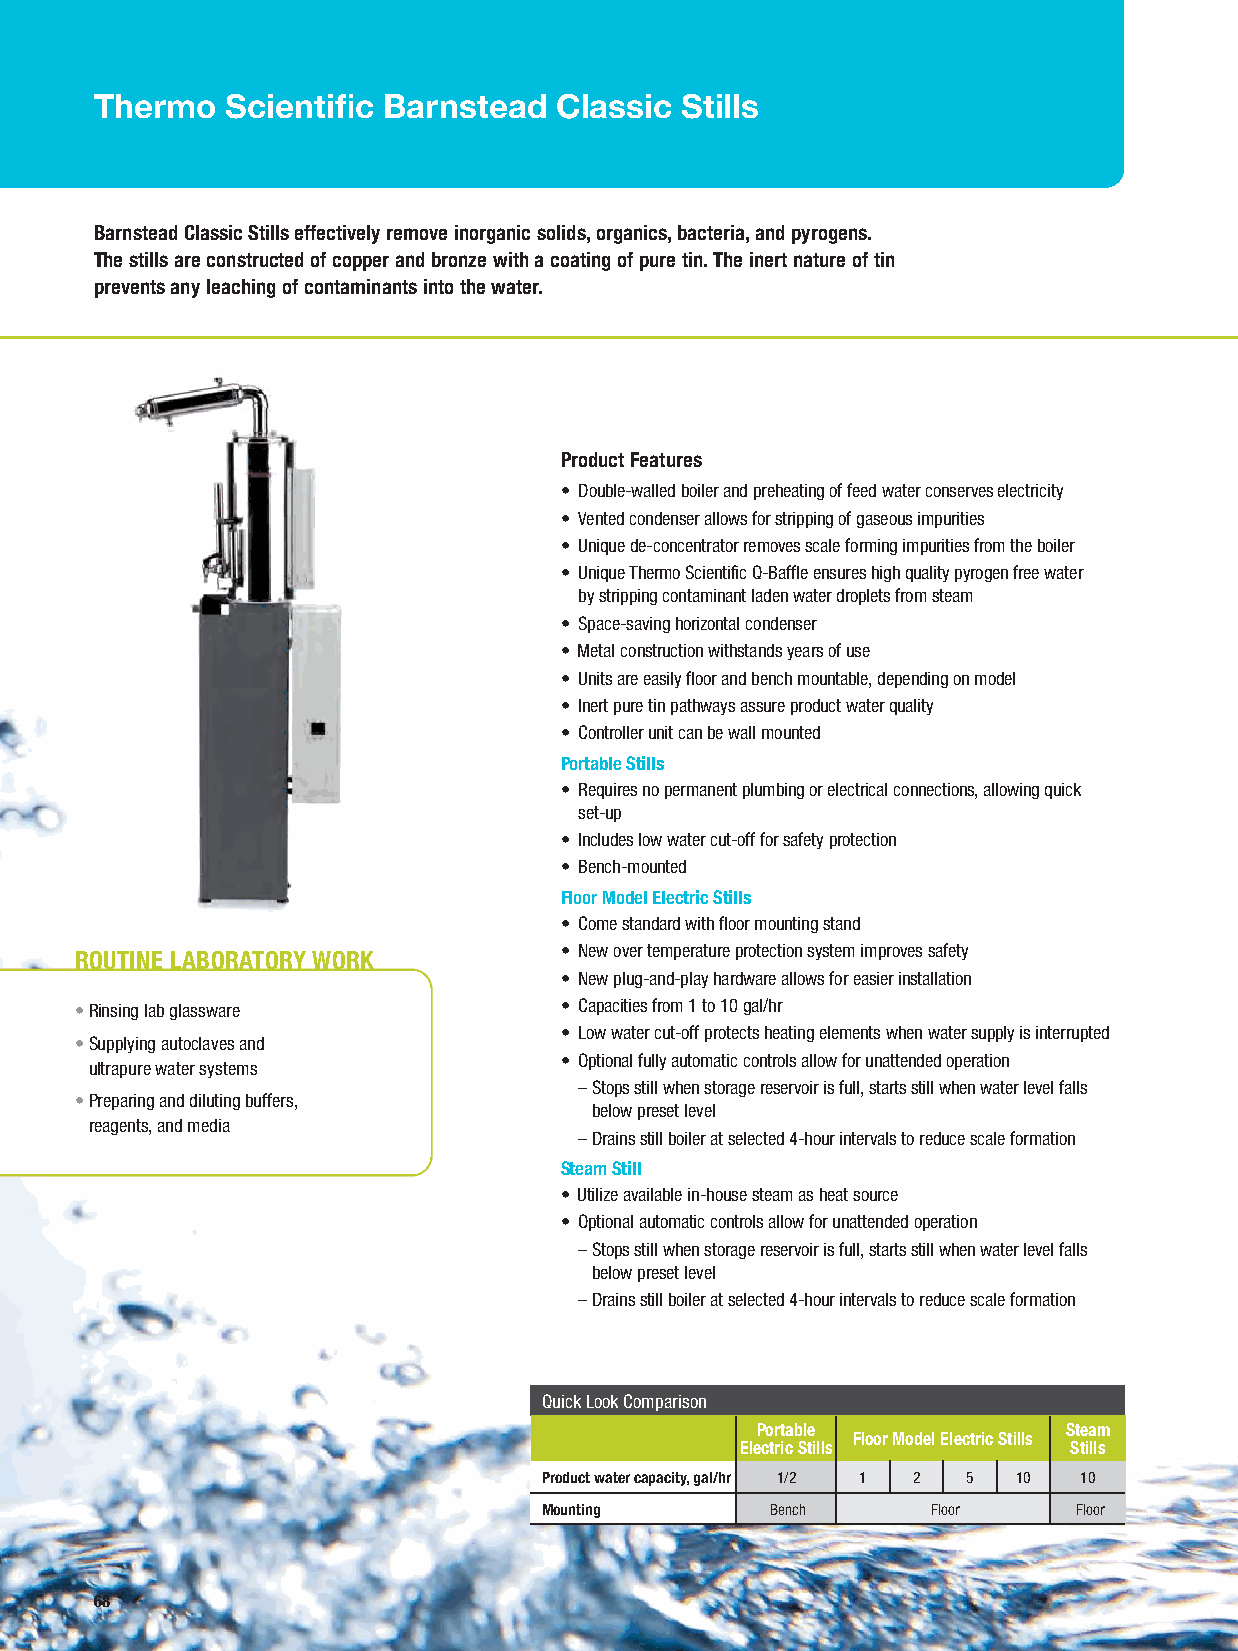
Thermo   Scientific Barnstead  Classic Stills
 Barnstead Classic Stills effectively remove inorganic solids, organics, bacteria, and pyrogens.
 The stills are constructed of copper and bronze with a coating of pure tin. The inert nature of tin
 prevents any leaching of contaminants into the water.
 Product Features
 • Double-walled boiler and preheating of feed water conserves electricity
 • Vented condenser allows for stripping of gaseous impurities
 • Unique de-concentrator removes scale forming impurities from the boiler
 • Unique Thermo Scientific Q-Baffle ensures high quality pyrogen free water
 by stripping contaminant laden water droplets from steam
 • Space-saving horizontal condenser
 • Metal construction withstands years of use
 • Units are easily floor and bench mountable, depending on model
 • Inert pure tin pathways assure product water quality
 • Controller unit can be wall mounted
 Portable Stills
 • Requires no permanent plumbing or electrical connections, allowing quick
 set-up
 • Includes low water cut-off for safety protection
 • Bench-mounted
 Floor Model Electric Stills
 • Come standard with floor mounting stand
 • New over temperature protection system improves safety
 ROUTINE LABORATORY WORK
 • New plug-and-play hardware allows for easier installation
 •Rinsing lab glassware          • Capacities from 1 to 10 gal/hr
 • Low water cut-off protects heating elements when water supply is interrupted
 •Supplying autoclaves and
 • Optional fully automatic controls allow for unattended operation
 ultrapure water systems
 –Stops still when storage reservoir is full, starts still when water level falls
 •Preparing and diluting buffers,
 below preset level
 reagents, and media
 –Drains still boiler at selected 4-hour intervals to reduce scale formation
 Steam Still
 • Utilize available in-house steam as heat source
 • Optional automatic controls allow for unattended operation
 –Stops still when storage reservoir is full, starts still when water level falls
 below preset level
 –Drains still boiler at selected 4-hour intervals to reduce scale formation
 Quick Look Comparison
 Portable             Steam
 Floor Model Electric Stills
 Electric Stills       Stills
 Product water capacity, gal/hr 1/2 1 2 5 10 10
 Mounting       Bench      Floor    Floor
 68